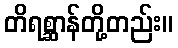
တိရစ္ဆာန်တို့တည်း။